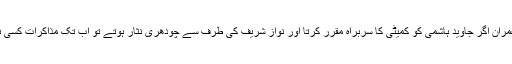
مذاکرات کے حوالے سے عمران اگر جاوید ہاشمی کو کمیٹی کا سربراہ مقرر کرتا اور نواز شریف کی طرف سے چودھری نثار ہوتے تو اب تک مذاکرات کسی نتیجے پر پہنچ چکے ہوتے۔